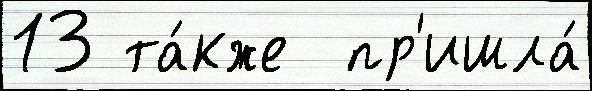
13 та́кже  пр'ишла́